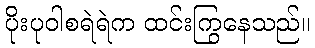
ပိုးပုဝါစရဲရဲက ထင်းကြွနေသည်။